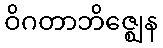
ဝိဂတာဘိဇ္ဈေန